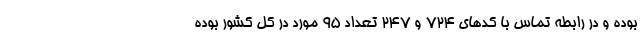
بوده و در رابطه تماس با کدهای ۷۲۴ و ۲۴۷ تعداد ۹۵ مورد در کل کشور بوده